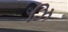
ઝિ